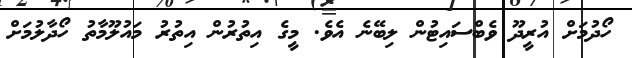
ހޯދުމަށް އުރީދޫ ވެބްސައިޓުން ލިބޭނެ އެވެ. މީގެ އިތުރުން އިތުރު މައުލޫމާތު ހޯދާލުމަށް